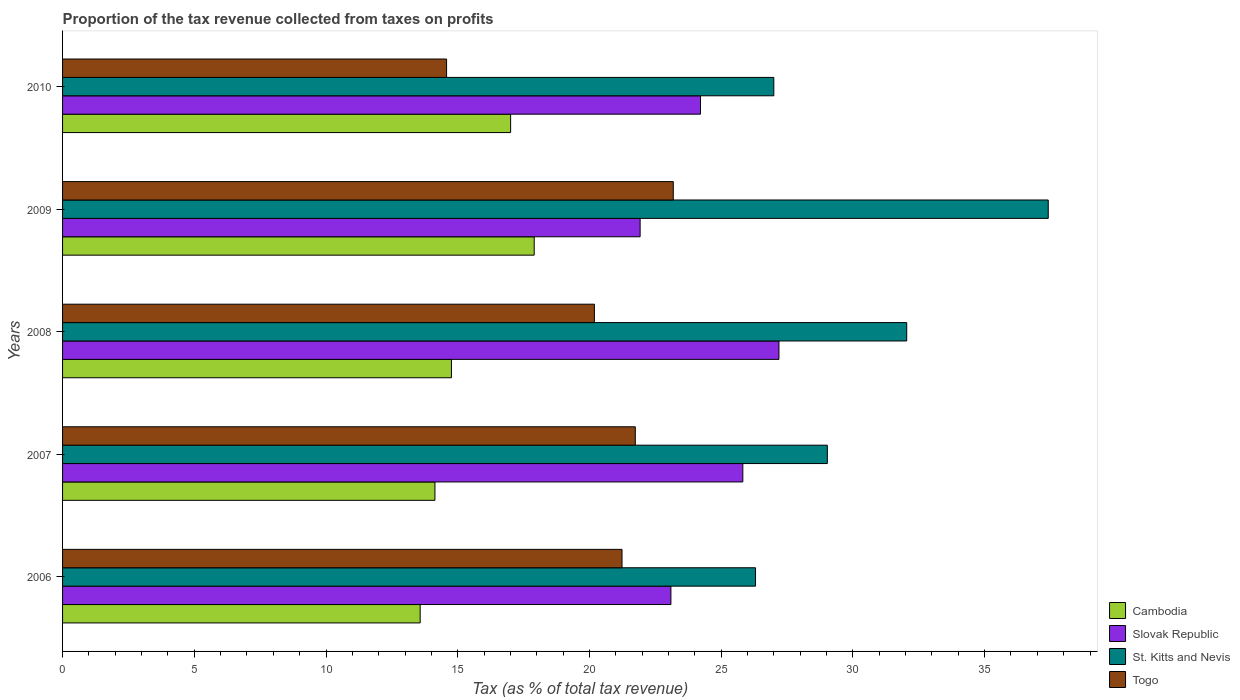
| Years | Cambodia | Slovak Republic | St. Kitts and Nevis | Togo |
 | --- | --- | --- | --- | --- |
 | 2006 | 13.6 | 23.1 | 26.3 | 21.2 |
 | 2007 | 14.1 | 25.8 | 29 | 21.7 |
 | 2008 | 14.8 | 27.2 | 32 | 20.2 |
 | 2009 | 17.9 | 21.9 | 37.4 | 23.2 |
 | 2010 | 17 | 24.2 | 27 | 14.6 |